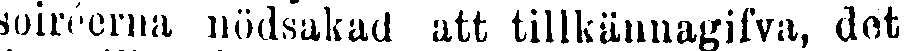
soiréerna nödsakad att tillkännagifva, det